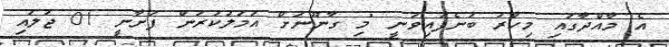
އެ މާއްދާގައި މިހާރު ބުނެފައިވަނީ "މި ގާނޫނަށް އަމަލުކުރަން ފަށާނީ 01 ޖުލައި